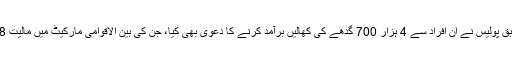
ڈان اخبار کی رپورٹ کے مطابق پولیس نے ان افراد سے 4 ہزار 700 گدھے کی کھالیں برآمد کرنے کا دعویٰ بھی کیا، جن کی بین الاقوامی مارکیٹ میں مالیت 118 ملین روپے کے برابر ہے۔